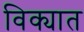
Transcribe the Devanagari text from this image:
विक्यात